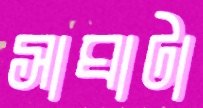
সাঘাটা